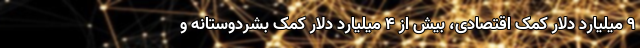
۹ میلیارد دلار کمک اقتصادی، بیش از ۴ میلیارد دلار کمک بشردوستانه و